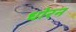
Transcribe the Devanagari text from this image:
धोरन